Indian journal of veterinary science and animal husbandry - Volume 6,
Year: 1936
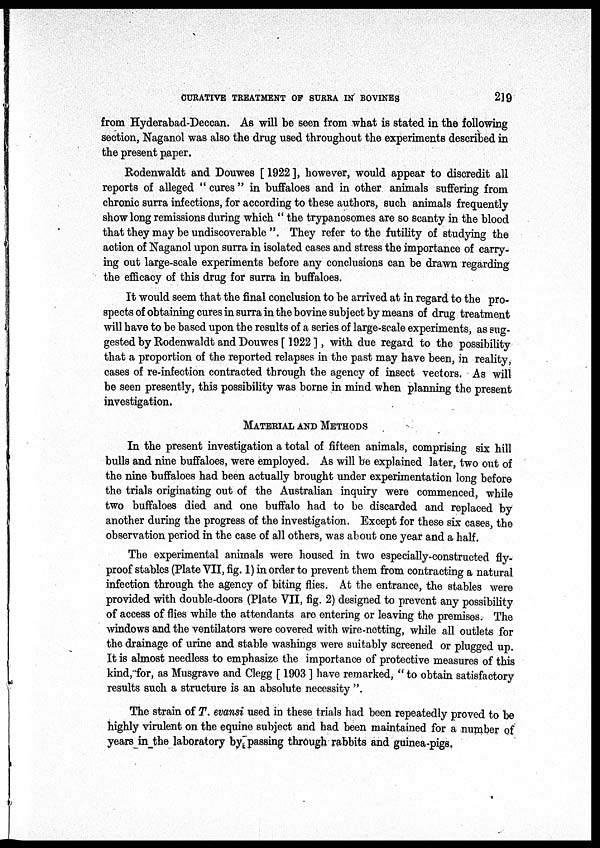
CURATIVE TREATMENT OF SURRA IN BOVINES
219
from Hyderabad-Deccan. As will be seen from what is stated in the following
section, Naganol was also the drug used throughout the experiments described in
the present paper.
Rodenwaldt and Douwes [1922], however, would appear to discredit all
reports of alleged " cures " in buffaloes and in other animals suffering from
chronic surra infections, for according to these authors, such animals frequently
show long remissions during which " the trypanosomes are so scanty in the blood
that they may be undiscoverable ". They refer to the futility of studying the
action of Naganol upon surra in isolated cases and stress the importance of carry-
ing out large-scale experiments before any conclusions can be drawn regarding
the efficacy of this drug for surra in buffaloes.
It would seem that the final conclusion to be arrived at in regard to the pro-
spects of obtaining cures in surra in the bovine subject by means of drug treatment
will have to be based upon the results of a series of large-scale experiments, as sug-
gested by Rodenwaldt and Douwes [ 1922 ], with due regard to the possibility
that a proportion of the reported relapses in the past may have been, in reality,
cases of re-infection contracted through the agency of insect vectors. As will
be seen presently, this possibility was borne in mind when planning the present
investigation.
MATERIAL AND METHODS
In the present investigation a total of fifteen animals, comprising six hill
bulls and nine buffaloes, were employed. As will be explained later, two out of
the nine buffaloes had been actually brought under experimentation long before
the trials originating out of the Australian inquiry were commenced, while
two buffaloes died and one buffalo had to be discarded and replaced by
another during the progress of the investigation. Except for these six cases, the
observation period in the case of all others, was about one year and a half.
The experimental animals were housed in two especially-constructed fly-
proof stables (Plate VII, fig. 1) in order to prevent them from contracting a natural
infection through the agency of biting flies. At the entrance, the stables were
provided with double-doors (Plate VII, fig. 2) designed to prevent any possibility
of access of flies while the attendants are entering or leaving the premises. The
windows and the ventilators were covered with wire-netting, while all outlets for
the drainage of urine and stable washings were suitably screened or plugged up.
It is almost needless to emphasize the importance of protective measures of this
kind, for, as Musgrave and Clegg [ 1903 ] have remarked, " to obtain satisfactory
results such a structure is an absolute necessity ".
The strain of T. evansi used in these trials had been repeatedly proved to be
highly virulent on the equine subject and had been maintained for a number of
years in the laboratory by passing through rabbits and guinea-pigs,